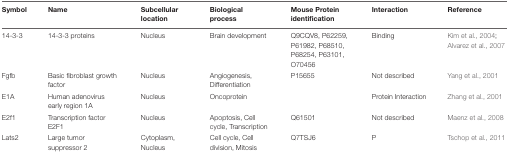
| Symbol | Name | Subcellular location | Biological process | Mouse Protein identification | Interaction | Reference |
 | --- | --- | --- | --- | --- | --- | --- |
 | 14-3-3 | 14-3-3 proteins | Nucleus | Brain development | Q9CQV8, P62259, P61982, P68510, P68254, P63101, O70456 | Binding | Kim et al., 2004; Alvarez et al., 2007 |
 | Fgfb | Basic fibroblast growth factor | Nucleus | Angiogenesis, Differentiation | P15655 | Not described | Yang et al., 2001 |
 | E1A | Human adenovirus early region 1A | Nucleus | Oncoprotein |  | Protein Interaction | Zhang et al., 2001 |
 | E2f1 | Transcription factor E2F1 | Nucleus | Apoptosis, Cell cycle, Transcription | Q61501 | Not described | Maenz et al., 2008 |
 | Lats2 | Large tumor suppressor 2 | Cytoplasm, Nucleus | Cell cycle, Cell division, Mitosis | Q7TSJ6 | P | Tschop et al., 2011 |